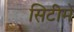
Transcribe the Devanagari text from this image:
सिटीमें